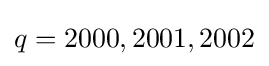
q=2000,2001,2002